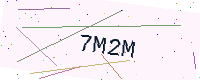
Text: 7M2M